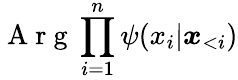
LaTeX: \mathrm{~A~r~g~}\prod_{i=1}^{n}\psi(x_{i}|\boldsymbol{x}_{<i})